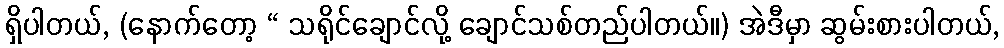
ရှိပါတယ်, (နောက်တော့ “ သရိုင်ချောင်လို့ ချောင်သစ်တည်ပါတယ်။) အဲဒီမှာ ဆွမ်းစားပါတယ်,